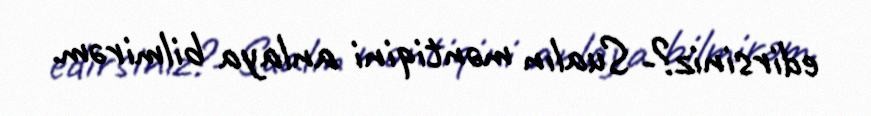
edirsiniz?- Sualın məntiqini anlaya bilmirəm.